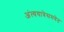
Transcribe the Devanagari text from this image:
अंत्ययात्रेसमवेत